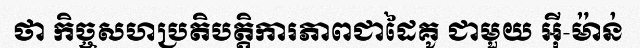
ថា កិច្ចសហប្រតិបត្តិការភាពជាដៃគូ ជាមួយ អ៊ី-ម៉ាន់